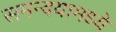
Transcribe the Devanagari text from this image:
समन्वयामध्ये